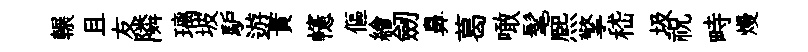
輾且友隣璃坡馿遊貴幰傴繪劒鼻葛噉髦熈擎嵇圾祝畤熳